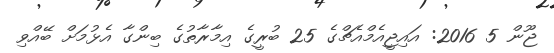
ޖޫން 5 2016: އައިޖީއެމްއެޗްގެ 25 ބުރީގެ އިމާރާތުގެ ބިންގާ އެޅުމަށް ބޭއްވި